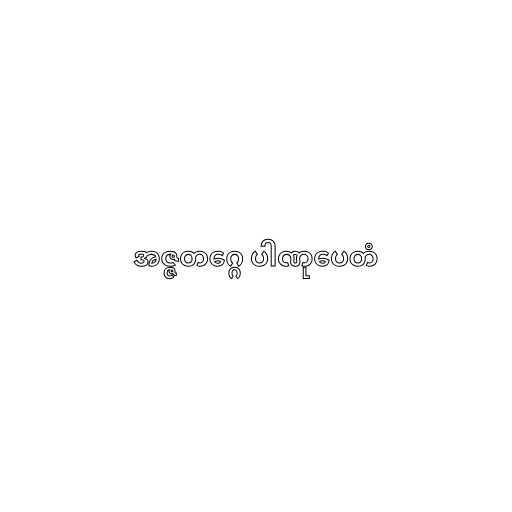
အဇ္ဇတဂ္ဂေ ပါဏုပေတံ